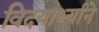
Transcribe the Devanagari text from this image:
विदयार्थ्‍याने